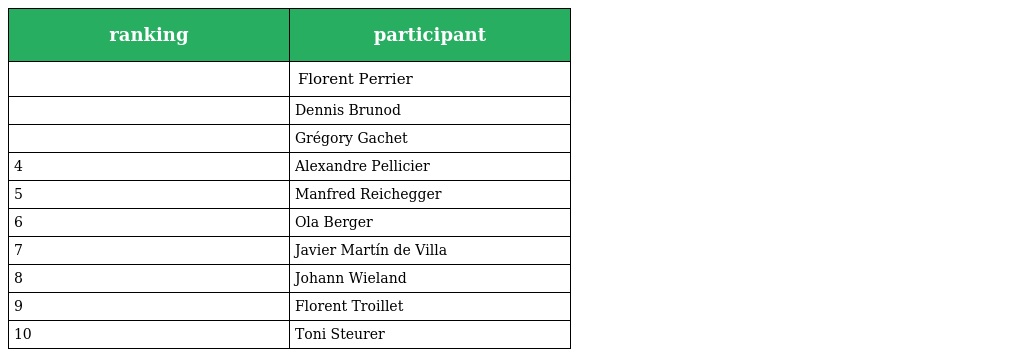
| ranking | participant |
 | --- | --- |
 |  | Florent Perrier |
 |  | Dennis Brunod |
 |  | Grégory Gachet |
 | 4 | Alexandre Pellicier |
 | 5 | Manfred Reichegger |
 | 6 | Ola Berger |
 | 7 | Javier Martín de Villa |
 | 8 | Johann Wieland |
 | 9 | Florent Troillet |
 | 10 | Toni Steurer |